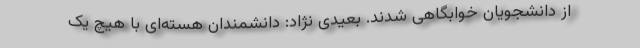
از دانشجویان خوابگاهی شدند. بعیدی نژاد: دانشمندان هسته‌ای با هیچ یک